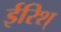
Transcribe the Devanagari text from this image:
ईरिश्